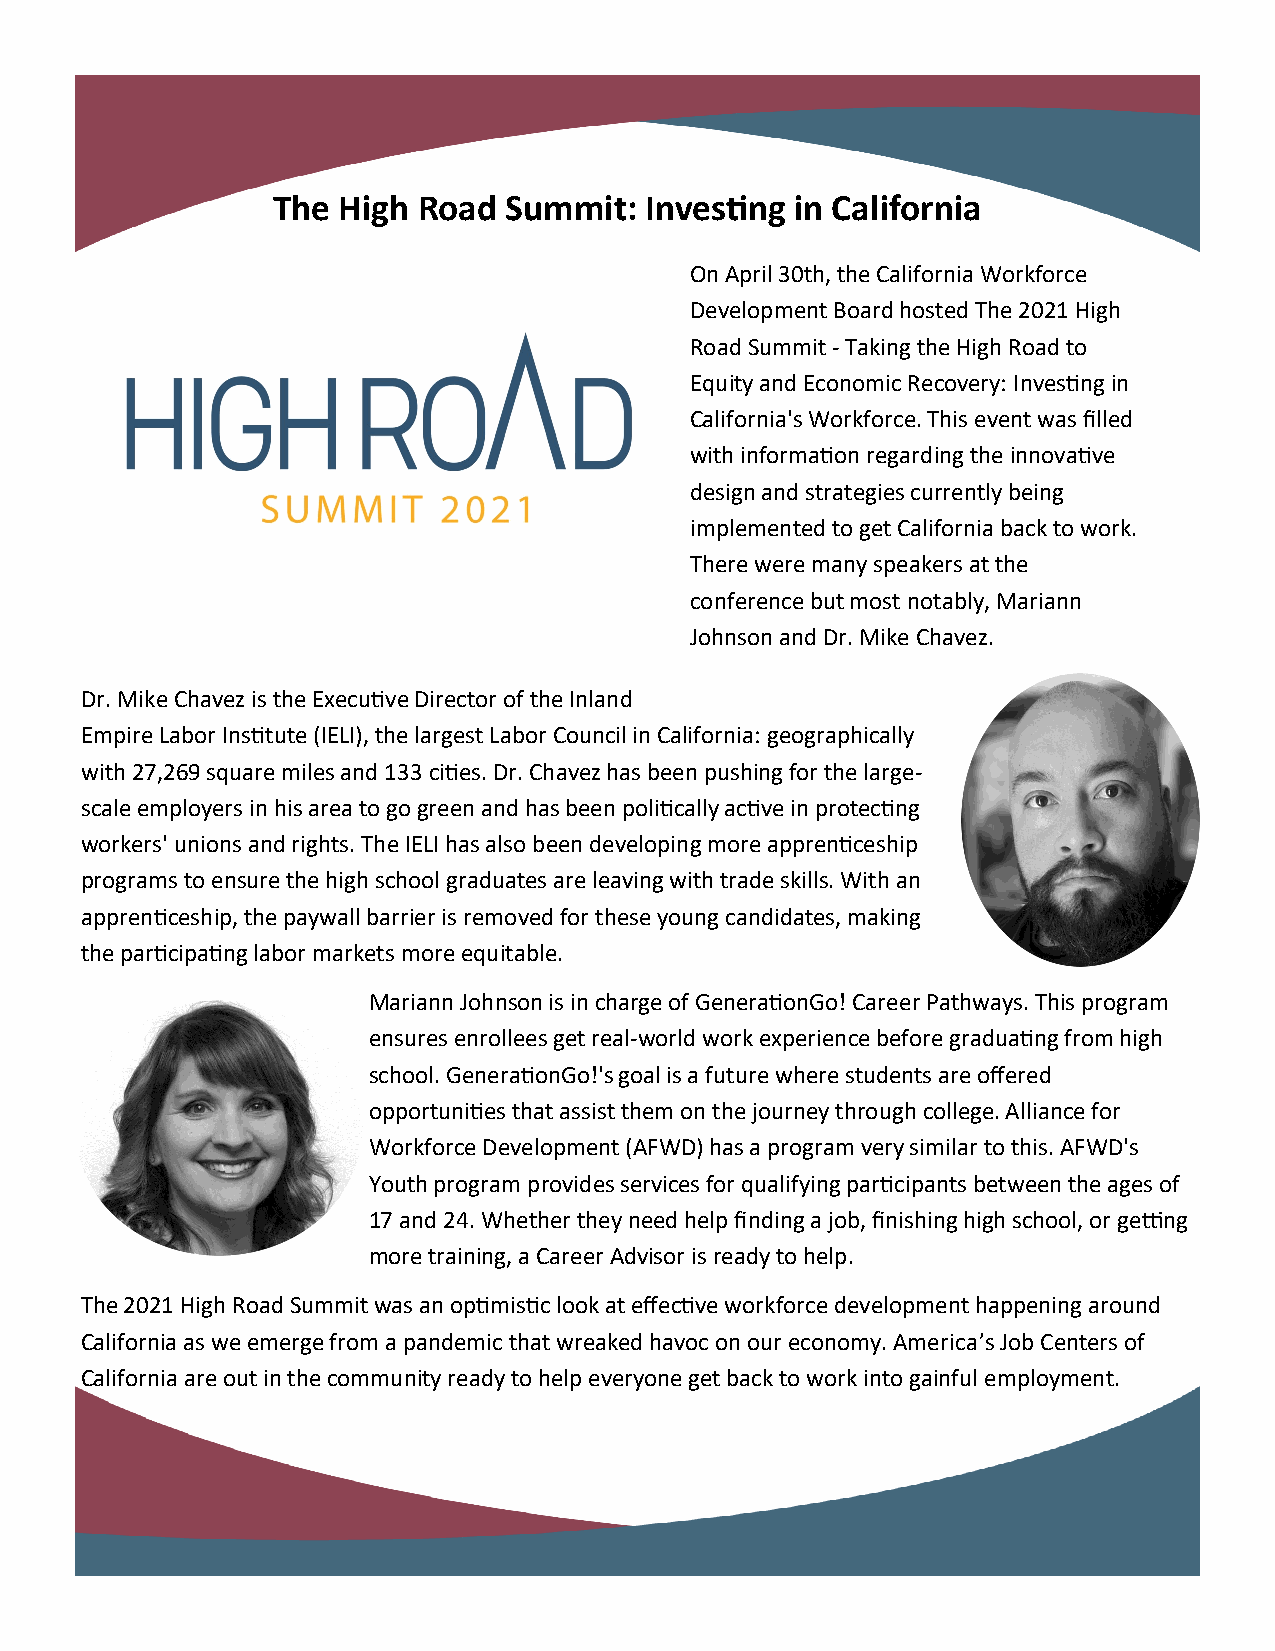
The High  Road Summit:   Investing in California
 On April 30th, the California Workforce
 Development Board hosted The 2021 High
 Road Summit - Taking the High Road to
 Equity and Economic Recovery: Investing in
 California's Workforce. This event was filled
 with information regarding the innovative
 design and strategies currently being
 implemented to get California back to work.
 There were many speakers at the
 conference but most notably, Mariann
 Johnson and Dr. Mike Chavez.
 Dr. Mike Chavez is the Executive Director of the Inland
 Empire Labor Institute (IELI), the largest Labor Council in California: geographically
 with 27,269 square miles and 133 cities. Dr. Chavez has been pushing for the large-
 scale employers in his area to go green and has been politically active in protecting
 workers' unions and rights. The IELI has also been developing more apprenticeship
 programs to ensure the high school graduates are leaving with trade skills. With an
 apprenticeship, the paywall barrier is removed for these young candidates, making
 the participating labor markets more equitable.
 Mariann Johnson is in charge of GenerationGo! Career Pathways. This program
 ensures enrollees get real-world work experience before graduating from high
 school. GenerationGo!'s goal is a future where students are offered
 opportunities that assist them on the journey through college. Alliance for
 Workforce Development (AFWD) has a program very similar to this. AFWD's
 Youth program provides services for qualifying participants between the ages of
 17 and 24. Whether they need help finding a job, finishing high school, or getting
 more training, a Career Advisor is ready to help.
 The 2021 High Road Summit was an optimistic look at effective workforce development happening around
 California as we emerge from a pandemic that wreaked havoc on our economy. America’s Job Centers of
 California are out in the community ready to help everyone get back to work into gainful employment.